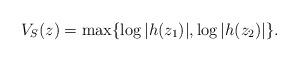
LaTeX: \begin{align*}V_S(z)=\max\{\log|h(z_1)|,\log|h(z_2)|\}.\end{align*}